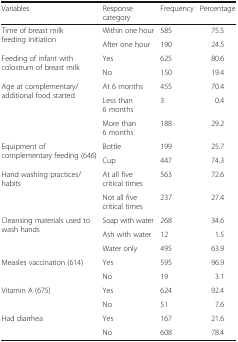
| Variables | Response category | Frequency | Percentage |
 | --- | --- | --- | --- |
 | <ROWSPAN=2> Time of breast milk feeding initiation | Within one hour | 585 | 75.5 |
 | After one hour | 190 | 24.5 |
 | <ROWSPAN=2> Feeding of infant with colostrum of breast milk | Yes | 625 | 80.6 |
 | No | 150 | 19.4 |
 | <ROWSPAN=3> Age at complementary/additional food started | At 6 months | 455 | 70.4 |
 | Less than 6 months | 3 | 0.4 |
 | More than 6 months | 188 | 29.2 |
 | <ROWSPAN=2> Equipment of complementary feeding (646) | Bottle | 199 | 25.7 |
 | Cup | 447 | 74.3 |
 | <ROWSPAN=2> Hand washing practices/habits | At all five critical times | 563 | 72.6 |
 | Not all five critical times | 237 | 27.4 |
 | <ROWSPAN=3> Cleansing materials used to wash hands | Soap with water | 268 | 34.6 |
 | Ash with water | 12 | 1.5 |
 | Water only | 495 | 63.9 |
 | <ROWSPAN=2> Measles vaccination (614) | Yes | 595 | 96.9 |
 | No | 19 | 3.1 |
 | <ROWSPAN=2> Vitamin A (675) | Yes | 624 | 92.4 |
 | No | 51 | 7.6 |
 | <ROWSPAN=2> Had diarrhea | Yes | 167 | 21.6 |
 | No | 608 | 78.4 |